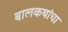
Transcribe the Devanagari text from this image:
बालकथांचा